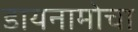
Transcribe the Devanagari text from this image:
डायनामोचा